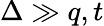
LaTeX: \Delta\gg q,t